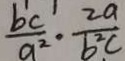
\frac { b ^ { 1 } c ^ { 1 } } { a ^ { 2 } } \cdot \frac { 2 a } { b ^ { 2 } c }